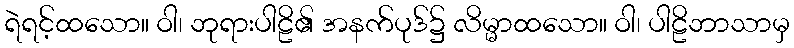
ရဲရင့်ထသော။ ဝါ၊ ဘုရားပါဠိ၏ အနက်ပုဒ်၌ လိမ္မာထသော။ ဝါ၊ ပါဠိဘာသာမှ